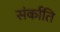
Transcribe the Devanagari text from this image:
संर्काति